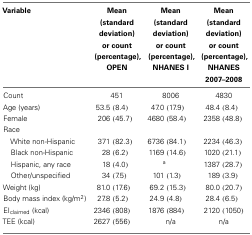
| Variable | Mean (standard deviation) or count (percentage), OPEN | Mean (standard deviation) or count (percentage), NHANES I | Mean (standard deviation) or count (percentage), NHANES 2007–2008 |
 | --- | --- | --- | --- |
 | Count | 451 | 8006 | 4830 |
 | Age (years) | 53.5 (8.4) | 47.0 (17.9) | 48.4 (8.4) |
 | Female | 206 (45.7) | 4680 (58.4) | 2358 (48.8) |
 | Race |
 | White non-Hispanic | 371 (82.3) | 6736 (84.1) | 2234 (46.3) |
 | Black non-Hispanic | 28 (6.2) | 1169 (14.6) | 1020 (21.1) |
 | Hispanic, any race | 18 (4.0) | a | 1387 (28.7) |
 | Other/unspecified | 34 (7.5) | 101 (1.3) | 189 (3.9) |
 | Weight (kg) | 81.0 (17.6) | 69.2 (15.3) | 80.0 (20.7) |
 | Body mass index (kg/m2) | 27.8 (5.2) | 24.9 (4.8) | 28.4 (6.5) |
 | EIclaimed (kcal) | 2346 (808) | 1876 (884) | 2120 (1050) |
 | TEE (kcal) | 2627 (556) | n/a | n/a |